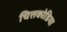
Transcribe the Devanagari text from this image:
चित्तकोडिया